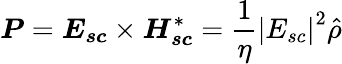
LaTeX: \boldsymbol{P}=\boldsymbol{E_{sc}}\times\boldsymbol{H_{sc}}^{*}=\frac{1}{\eta}\left|E_{sc}\right|^{2}\hat{\rho}